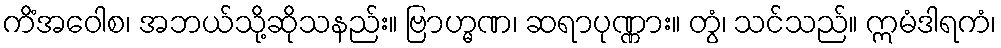
ကိံအဝေါစ၊ အဘယ်သို့ဆိုသနည်း။ ဗြာဟ္မဏ၊ ဆရာပုဏ္ဏား။ တွံ၊ သင်သည်။ ဣမံဒါရကံ၊